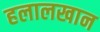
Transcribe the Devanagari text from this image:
हलालखान